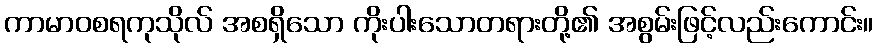
ကာမာဝစရကုသိုလ် အစရှိသော ကိုးပါးသောတရားတို့၏ အစွမ်းဖြင့်လည်းကောင်း။